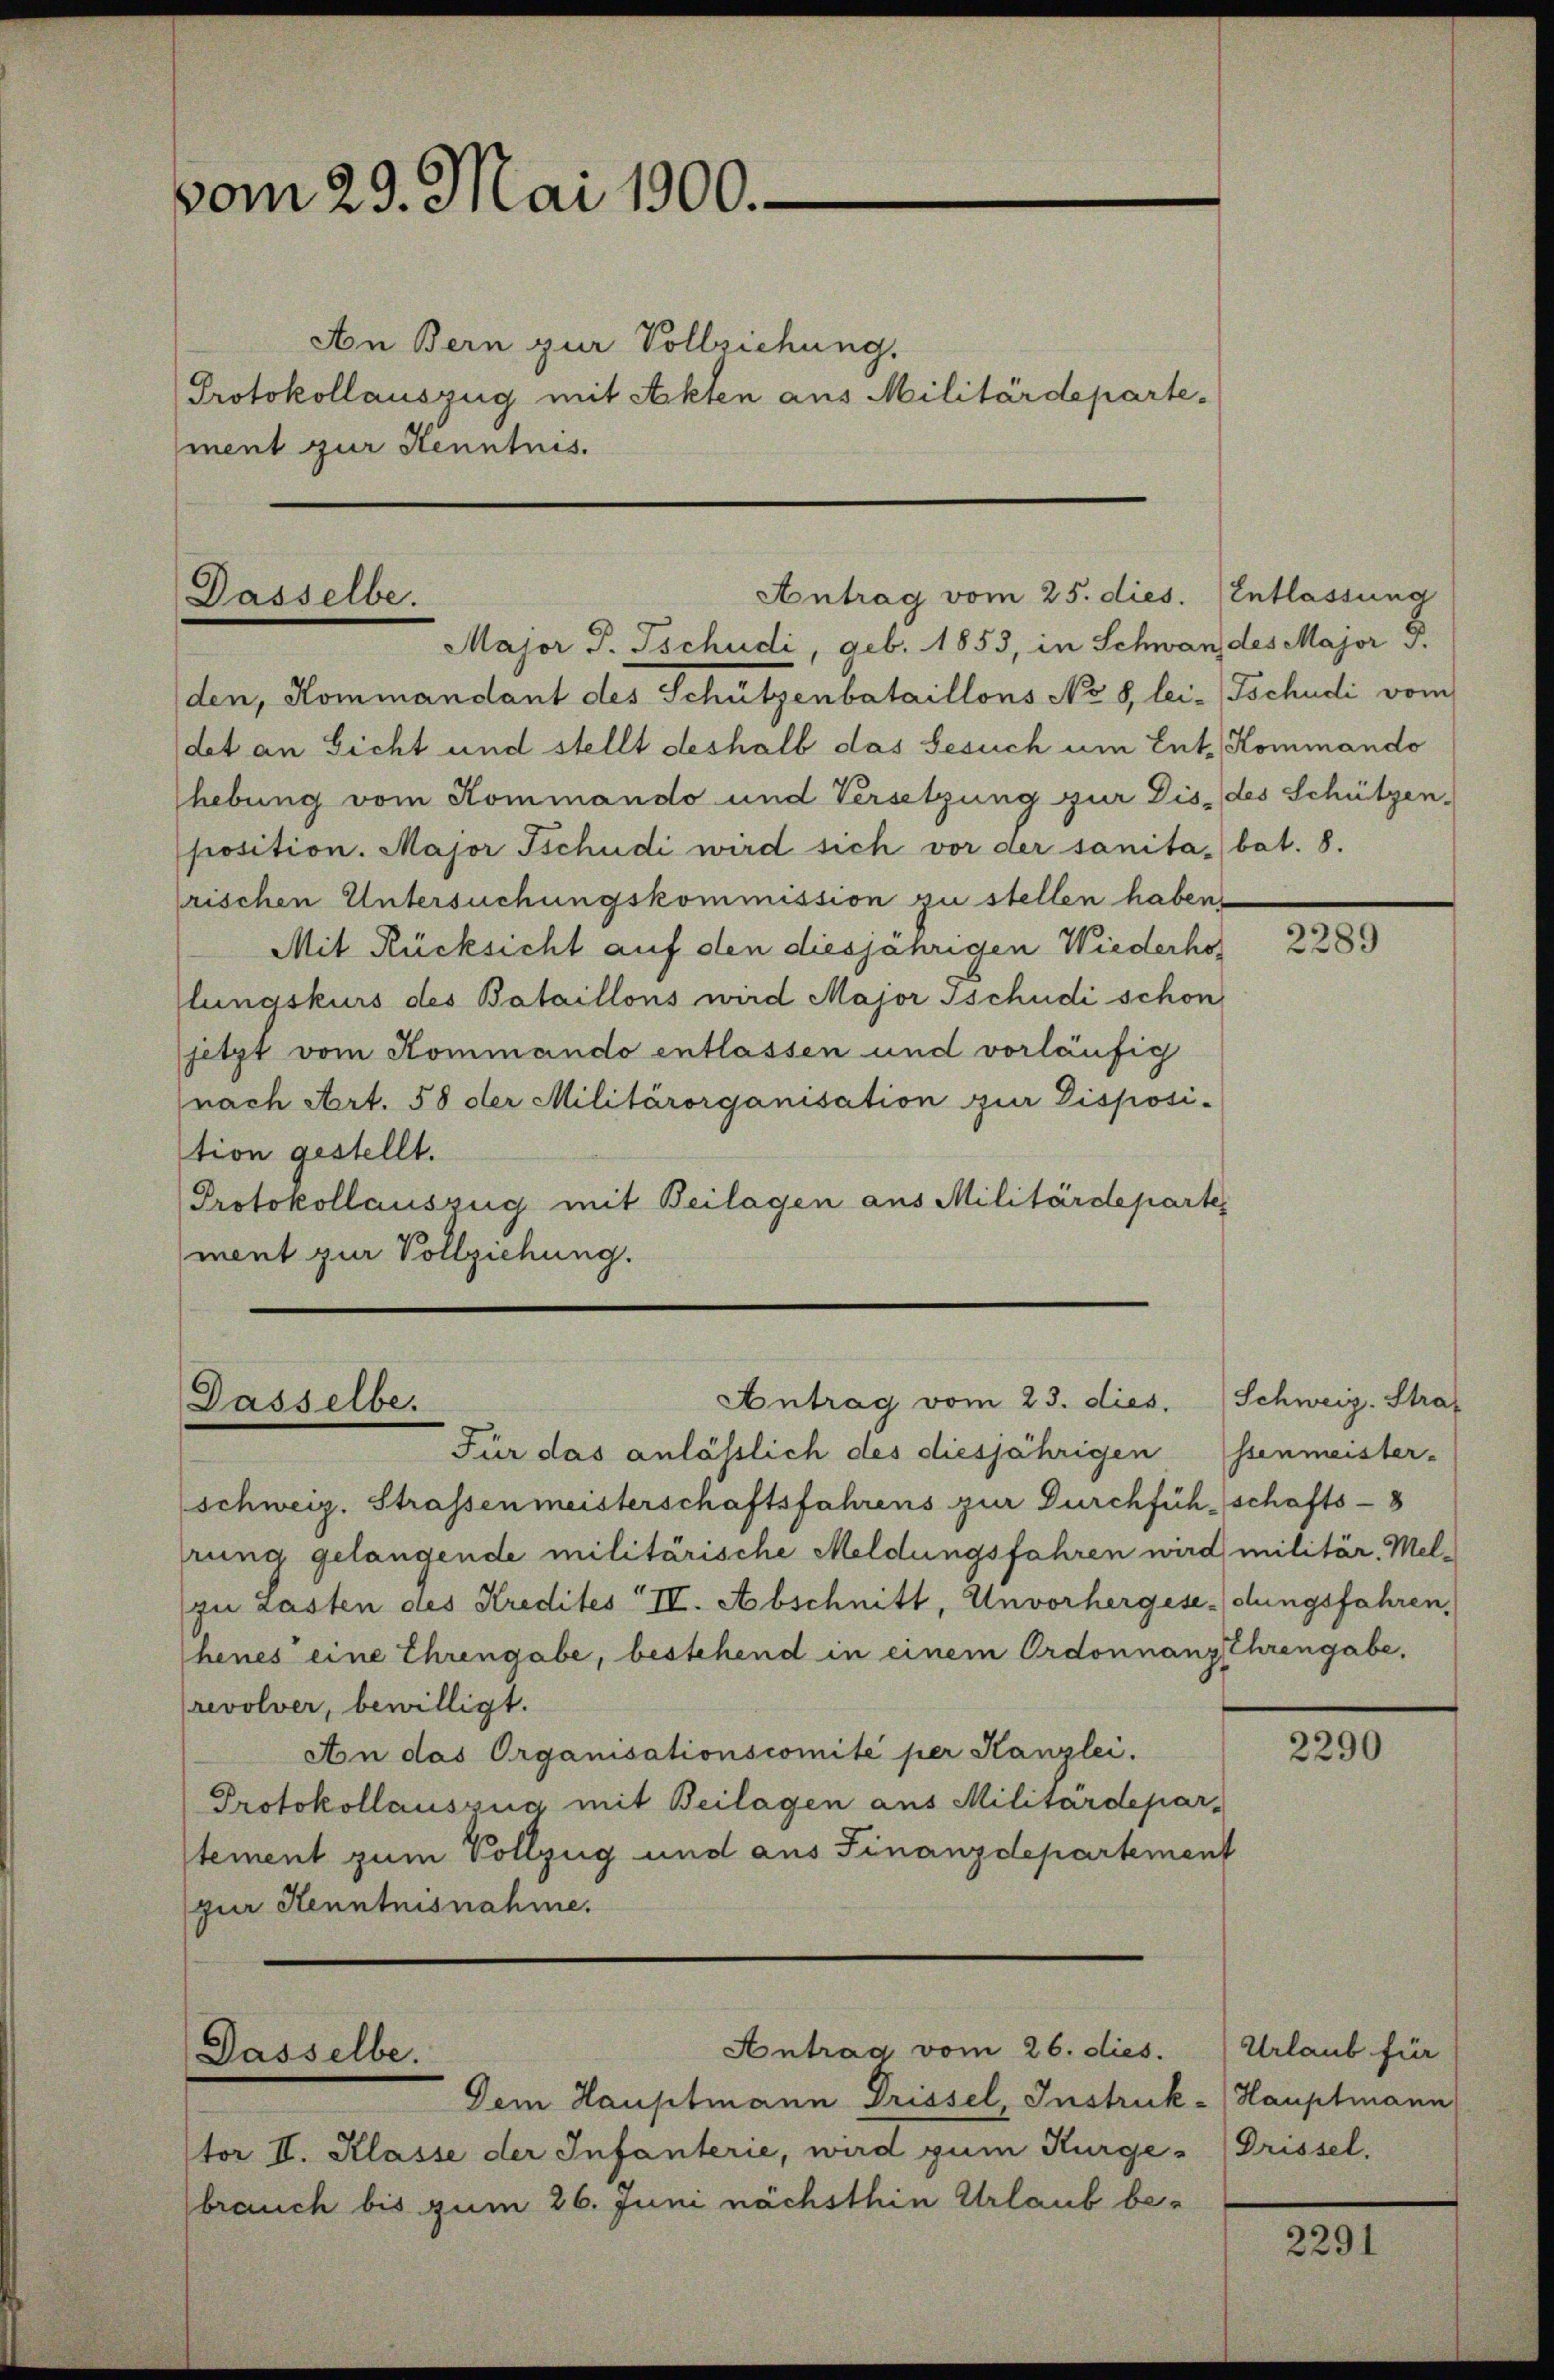
vom 29. Mai 1900.

An Bern zur Vollziehung.
Protokollauszug mit Akten aus Militärdeparte-
ment zur Kenntnis.

Dasselbe.

Major J. Tschudi, geb. 1853, in Schwan des Major F.
den, Kommandant des Schützenbataillons No. 8, lei- Tschudi vom
det an Sicht und stellt deshalb das Besuch um Ents Kommando
hebung vom Kommando und Versetzung zur Dis des Schützen-
position. Major Tschudi wird sich vor der sanita, bat. 8.
rischen Untersuchungskommission zu stellen haben,
Mit Rücksicht auf den diesjährigen Wiederholungskurs des Bataillons wird Majorsschudi schon
jetzt vom Kommando entlassen und vorläufig
nach Art. 58 der Militärorganisation zur Disposi-
tion gestellt.
Protokollauszug mit Beilagen aus Militärdeparter
ment zur Vollziehung.

schweiz. Strassenmeisterschaftsfahrens zur Durchfüh-schafts-8
rung gelangende militärische Meldungsfahren wird militär. Mel-
zu Lasten des Kredites II. Abschnitt, Unvorhergesendungsfahren,
henes eine Ehrengabe, bestehend in einem Ordonnanzehrengabe,
revolver, bewilligt.
An das Organisationscomité per Kanzlei.
Protokollauszug mit Beilagen aus Militärdepar-
tement zum Vollzug und aus Finanzdepartement
zur Henntnisnahme.

Antrag vom 25. dies. (Entlassung

Antrag vom 23. dies. Schweiz. Straf
Dasselbe.
Für das anlässlich des diesjährigen ssenmeister-

Dasselbe.

Antrag vom 26. dies.

Dem Hauptmann Drissel, Instruk-Hauptmann
tor II. Klasse der Infanterie, wird zum Kurge- (Prissel,
brauch bis zum 26. Juni nächsthin Urlaub be¬

2289

2290

Urlaub für

2291